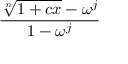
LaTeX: { \frac { \root n \of { 1 + c x } - \omega ^ { j } } { 1 - \omega ^ { j } } }